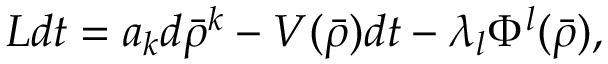
L d t = a _ { k } d \bar { \rho } ^ { k } - V ( \bar { \rho } ) d t - \lambda _ { l } \Phi ^ { l } ( \bar { \rho } ) ,